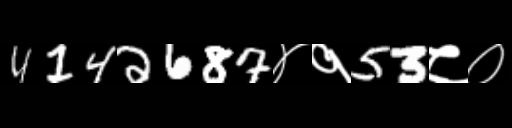
Text: 4142687४१53८०